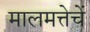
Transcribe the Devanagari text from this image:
मालमत्तेचें